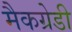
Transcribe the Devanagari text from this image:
मैकग्रेडी